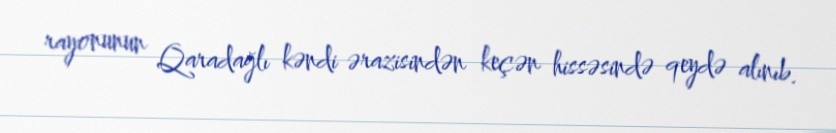
rayonunun Qaradağlı kəndi ərazisindən keçən hissəsində qeydə alınıb.